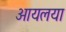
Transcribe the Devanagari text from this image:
आयलया